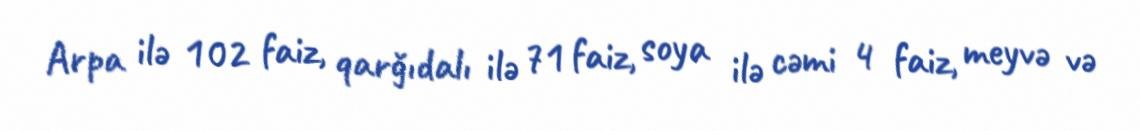
Arpa ilə 102 faiz, qarğıdalı ilə 71 faiz, soya ilə cəmi 4 faiz, meyvə və